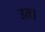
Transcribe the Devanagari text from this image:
उत।